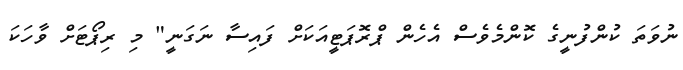
ނުވަތަ ކުންފުނީގެ ކޮންމެވެސް އެހެން ޕްރޮޕަޓީއަކަށް ފައިސާ ނަގަނީ" މި ރިޕޯޓަށް ވާހަކަ